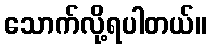
သောက်လို့ရပါတယ်။